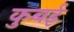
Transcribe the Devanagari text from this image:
कुबई